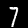
Label: 7